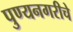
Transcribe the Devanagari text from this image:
पुण्यनगरीचे